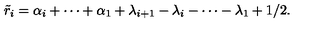
\tilde { r } _ { i } = \alpha _ { i } + \cdots + \alpha _ { 1 } + \lambda _ { i + 1 } - \lambda _ { i } - \cdots - \lambda _ { 1 } + 1 / 2 .